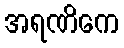
အရဏိကေ